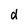
Character: d